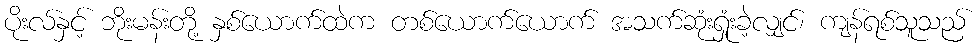
ပိုးလ်နှင့် ဘိုးမန်းတို့ နှစ်ယောက်ထဲက တစ်ယောက်ယောက် အသက်ဆုံးရှုံးခဲ့လျှင်၊ ကျန်ရစ်သူသည်